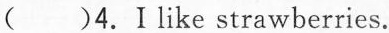
( )4.Ⅰlike strawberries.